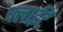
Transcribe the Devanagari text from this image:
फ्लाईटें